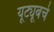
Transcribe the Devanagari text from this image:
यूट्यूबचे